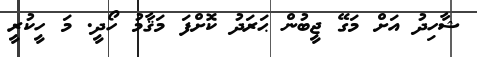
ޝާހިދު އަށް މަގޭ ޖީބުން ޙަރަދު ކޮށްފަ މަޤާމު ހޯދީ. މަ ހީކުރީ